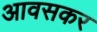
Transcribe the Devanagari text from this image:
आवसकर